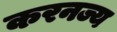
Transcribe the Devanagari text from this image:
करनज्य